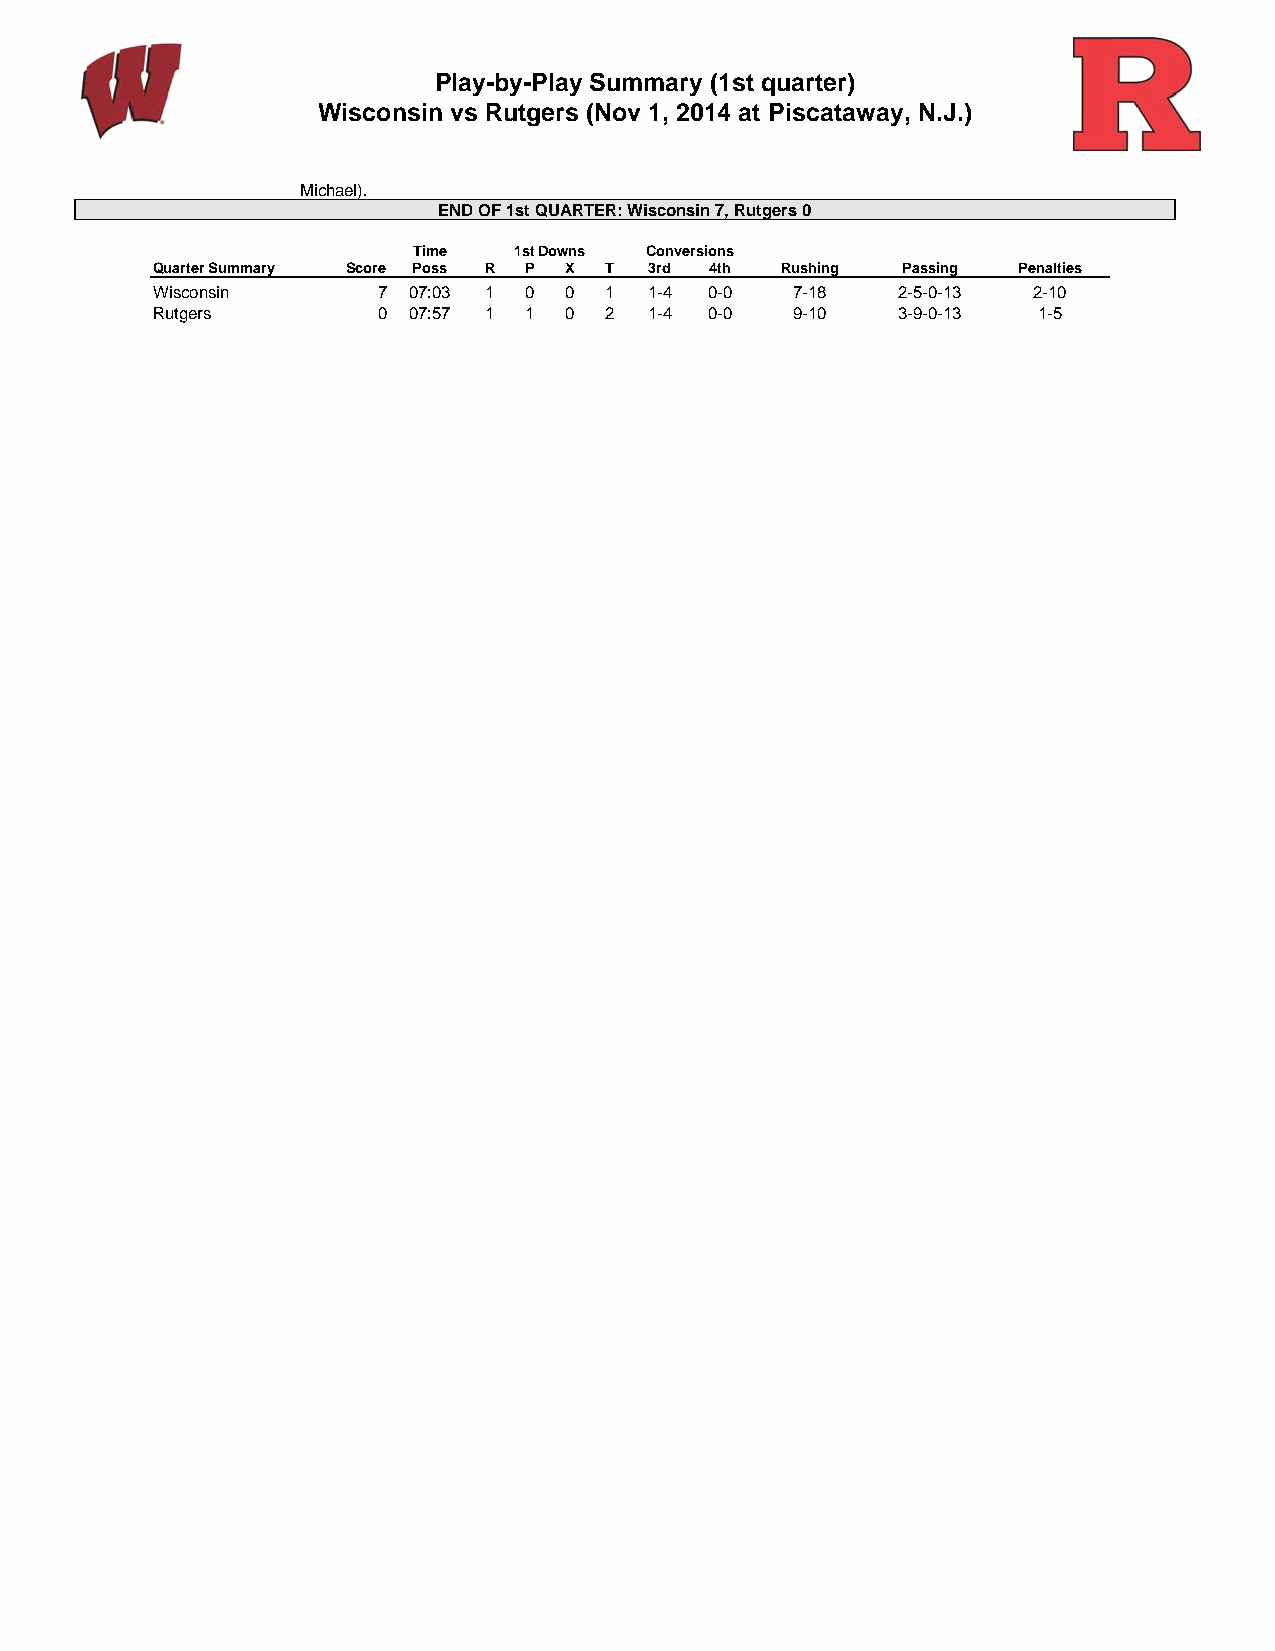
Play-by-Play Summary (1st quarter)
 Wisconsin vs Rutgers (Nov 1, 2014 at Piscataway, N.J.)
 Michael).
 END OF 1st QUARTER: Wisconsin 7, Rutgers 0
 Time   1st Downs Conversions
 Quarter Summary Score Poss R P X T 3rd 4th Rushing Passing Penalties
 Wisconsin      7 07:03 1 0 0  1  1-4 0-0   7-18  2-5-0-13 2-10
 Rutgers        0 07:57 1 1 0  2  1-4 0-0   9-10  3-9-0-13  1-5